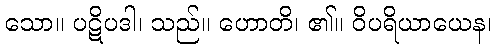
သော။ ပဋိပဒါ၊ သည်။ ဟောတိ၊ ၏။ ဝိပရိယာယေန၊